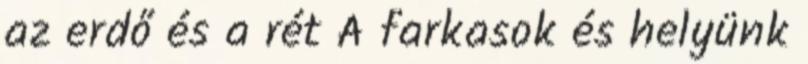
az erdő és a rét A farkasok és helyünk